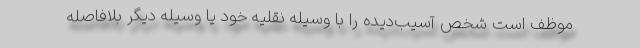
موظف است شخص آسیب‌دیده را با وسیله نقلیه خود یا وسیله دیگر بلافاصله